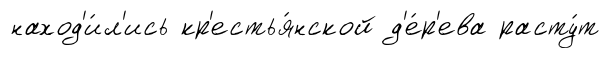
наход'и́л'ись кр'естья́нской д'е́р'ева расту́т